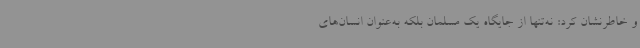
و خاطرنشان کرد: نه‌تنها از جایگاه یک مسلمان بلکه به‌عنوان انسان‌های